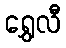
ရွှေလီ